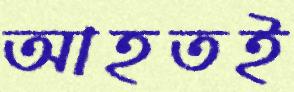
আহতই